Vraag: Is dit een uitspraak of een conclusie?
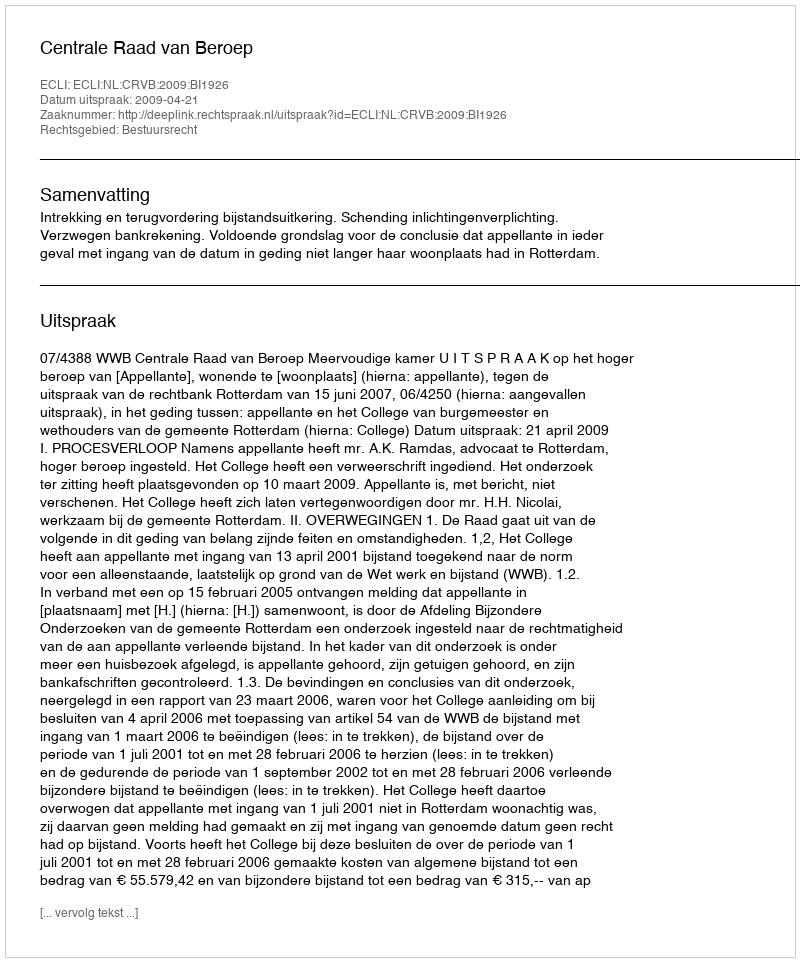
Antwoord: Uitspraak